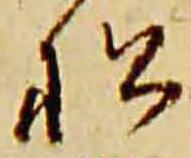
松